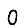
Digit: 0